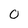
Character: 0